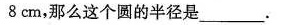
8cm,那么这个圆的半径是___.